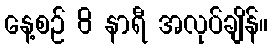
နေ့စဉ် 8 နာရီ အလုပ်ချိန်။